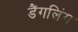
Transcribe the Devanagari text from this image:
डैंगलिंग